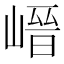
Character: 𡺽